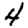
Digit: 4